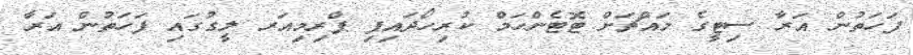
ފަހަތުން އަރާ ސިޓީގެ މައްޗަށް ޓޮޓެންހަމް ކުރިހޯދައިފި ޕްރިމިއަރ ލީގުގައި ފަހަތުން އަރާ